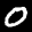
Label: 0